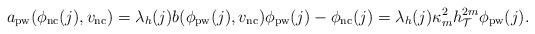
LaTeX: \begin{align*}a_{\mathrm{pw}}(\phi_{\mathrm{nc}}({j}),v_{\mathrm{nc}})=\lambda_h(j) b(\phi_{\mathrm{pw}}({j}),v_{\mathrm{nc}})\phi_{\mathrm{pw}}({j})-\phi_{\mathrm{nc}}({j})=\lambda_h({j})\kappa_{m}^2h_{\mathcal{T}}^{2m}\phi_{\mathrm{pw}}({j}). \end{align*}